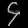
Digit: ၄